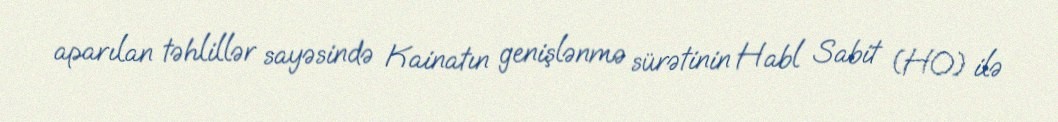
aparılan təhlillər sayəsində Kainatın genişlənmə sürətinin Habl Sabit (H0) ilə